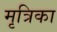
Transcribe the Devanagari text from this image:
मृत्रिका